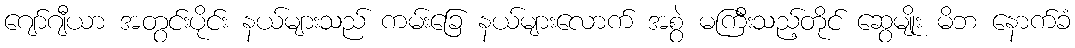
ဂျော်ဂျီယာ အတွင်းပိုင်း နယ်များသည် ကမ်းခြေ နယ်များလောက် အစွဲ မကြီးသည့်တိုင် ဆွေမျိုး မိဘ နောက်ခံ